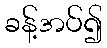
ခန့်အပ်၍